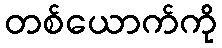
တစ်ယောက်ကို